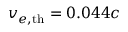
v _ { e , \mathrm { { t h } } } = 0 . 0 4 4 c